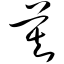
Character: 莫